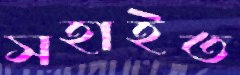
সহাইত